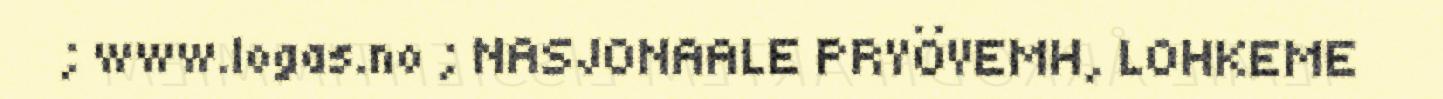
; www.logas.no ; NASJONAALE PRYÖVEMH, LOHKEME